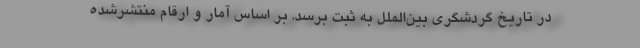
در تاریخ گردشگری بین‌الملل به ثبت برسد. بر اساس آمار و ارقام منتشرشده